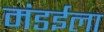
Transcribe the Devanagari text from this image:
मंडईला